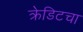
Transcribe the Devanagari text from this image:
क्रेडिटचा